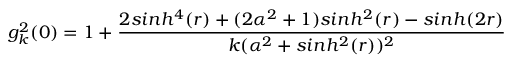
g _ { k } ^ { 2 } ( 0 ) = 1 + \frac { 2 s i n h ^ { 4 } ( r ) + ( 2 \alpha ^ { 2 } + 1 ) s i n h ^ { 2 } ( r ) - s i n h ( 2 r ) } { k ( \alpha ^ { 2 } + s i n h ^ { 2 } ( r ) ) ^ { 2 } }